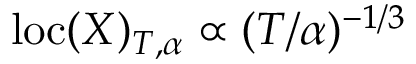
\mathrm { l o c } ( X ) _ { T , \alpha } \propto ( T / \alpha ) ^ { - 1 / 3 }